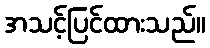
အသင့်ပြင်ထားသည်။